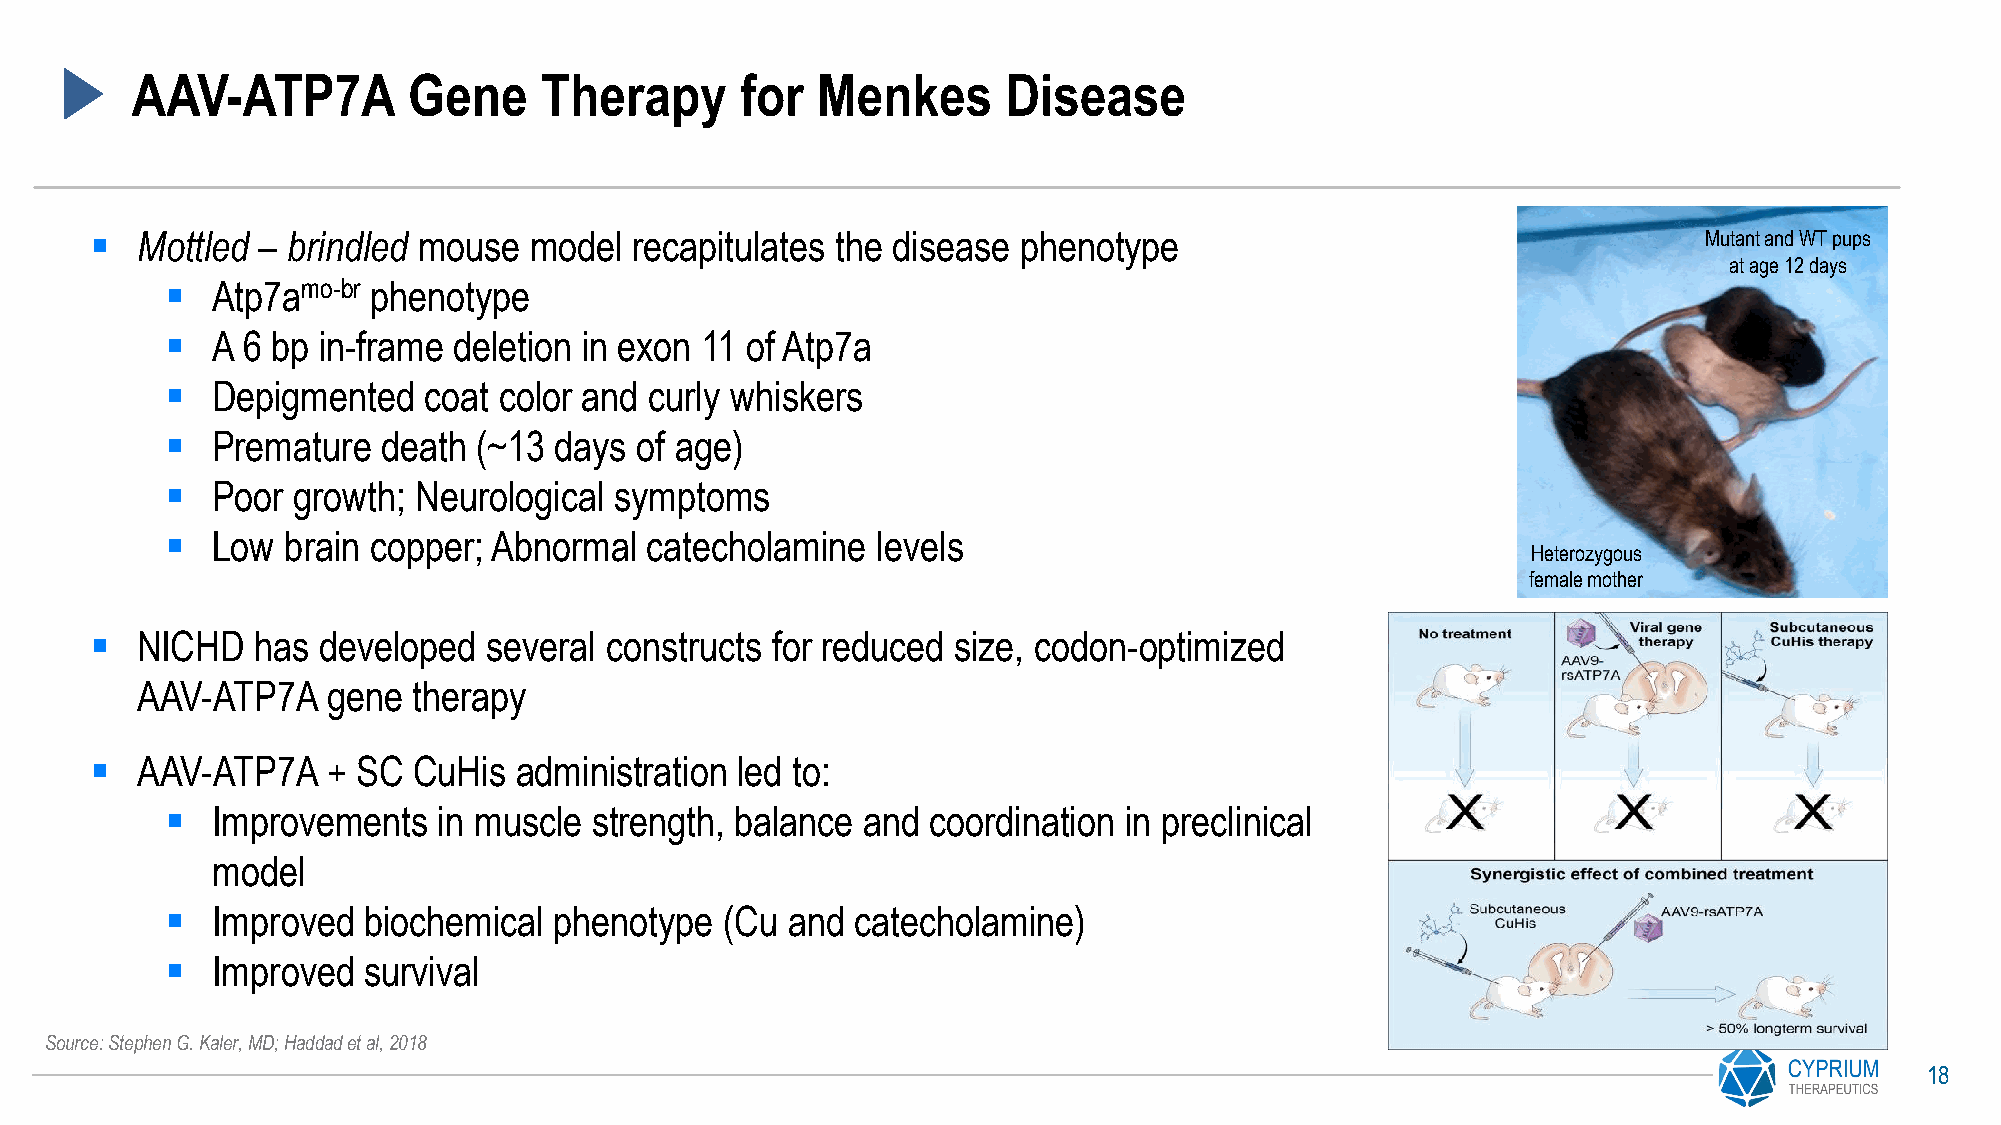
AAV-ATP7A         Gene     Therapy      for  Menkes       Disease
 ▪  Mottled – brindled mouse  model  recapitulates the disease phenotype                                    Mutant and WT pups
 at age 12 days
 ▪  Atp7amo-br phenotype
 ▪  A 6 bp in-frame deletion in exon 11 of Atp7a
 ▪  Depigmented   coat color and curly whiskers
 ▪  Premature  death  (~13 days of age)
 ▪  Poor growth; Neurological  symptoms
 ▪  Low  brain copper; Abnormal  catecholamine  levels
 Heterozygous
 female mother
 ▪  NICHD   has developed  several constructs for reduced size, codon-optimized
 AAV-ATP7A    gene therapy
 ▪  AAV-ATP7A    + SC CuHis  administration led to:
 ▪  Improvements   in muscle strength, balance and  coordination in preclinical
 model
 ▪  Improved  biochemical  phenotype  (Cu and  catecholamine)
 ▪  Improved  survival
 Source: Stephen G. Kaler, MD; Haddad et al, 2018
 18